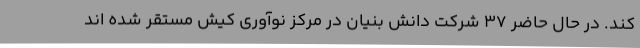
کند. در حال حاضر 37 شرکت دانش بنیان در مرکز نوآوری کیش مستقر شده اند